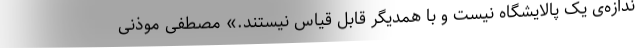
ندازه‌ی یک پالایشگاه نیست و با همدیگر قابل قیاس نیستند.» مصطفی موذنی